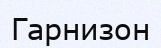
Гарнизон